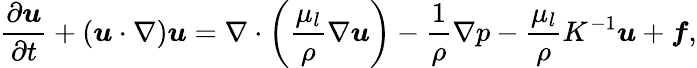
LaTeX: \frac{\partial\boldsymbol{u}}{\partial t}+(\boldsymbol{u}\cdot\nabla)\boldsymbol{u}=\nabla\cdot\left(\frac{\mu_{l}}{\rho}\nabla\boldsymbol{u}\right)-\frac{1}{\rho}\nabla p-\frac{\mu_{l}}{\rho}K^{-1}\boldsymbol{u}+\boldsymbol{f},